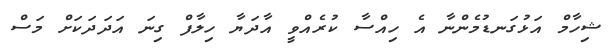
ޝިހާމް އަޅުގަނޑުމެންނާ އެ ހިއްސާ ކުރެއްވީ އާދަޔާ ހިލާފް ގިނަ އަދަދަކަށް މަސް